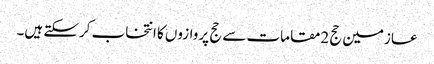
عازمین حج 2مقامات سے حج پروازوں کا انتخاب کرسکتے ہیں۔